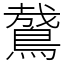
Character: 䳣